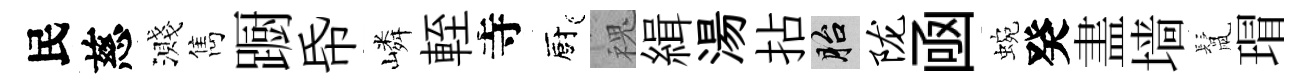
民慈濺雋蹰帋嶙輊寺廚槐緝湯拈胎陇凾蜿癸𥁞墙鬛瑁